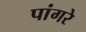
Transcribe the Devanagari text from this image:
पांगरे